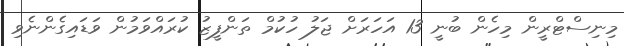
މިނިސްޓްރީން މިހެން ބުނީ 13 އަހަރަށް ޖަލު ހުކުމް ތަންފީޒު ކުރައްވަމުން ވަޑައިގެންނެވި